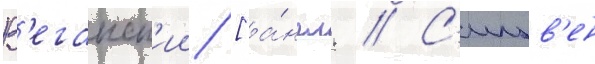
В'еганск'ии [а́нгл. // С'ильв'ен